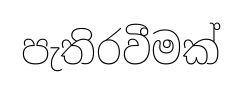
පැතිරවීමක්